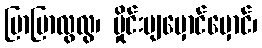
ပြာပြာလွလွ၊ မှိုင်းပျမှောင်မှောင်၊